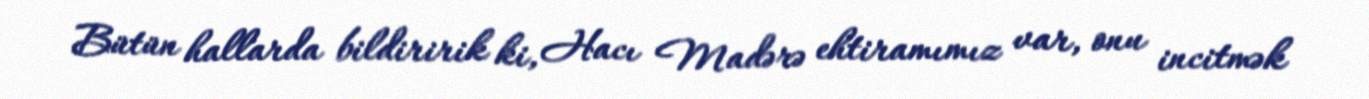
Bütün hallarda bildiririk ki, Hacı Madərə ehtiramımız var, onu incitmək